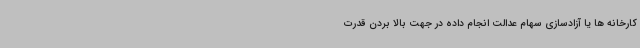
کارخانه ها یا آزادسازی سهام عدالت انجام داده در جهت بالا بردن قدرت